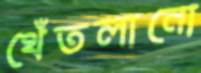
থেঁতলানো